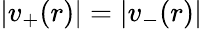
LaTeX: |v_{+}(r)|=|v_{-}(r)|